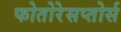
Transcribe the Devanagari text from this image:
फोतोरेसप्तोर्स